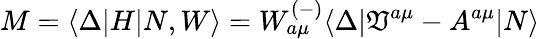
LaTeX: M=\langle\Delta|H|N,W\rangle=W_{a\mu}^{(-)}\langle\Delta|\mathfrak{V}^{a\mu}-A^{a\mu}|N\rangle